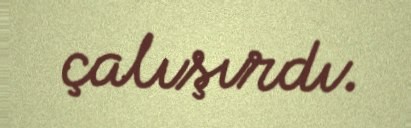
çalışırdı.